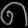
Digit: ၈